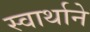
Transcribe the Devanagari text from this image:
स्वार्थाने